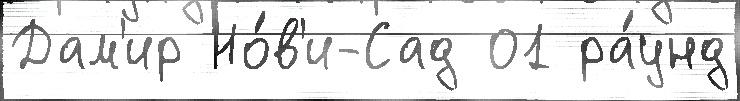
Дам'ир Но́в'и-Сад 01 ра́унд